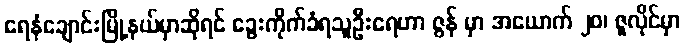
ရေနံချောင်းမြို့နယ်မှာဆိုရင် ခွေးကိုက်ခံရသူဦးရေဟာ ဇွန် မှာ အယောက် ၂၀၊ ဇူလိုင်မှာ